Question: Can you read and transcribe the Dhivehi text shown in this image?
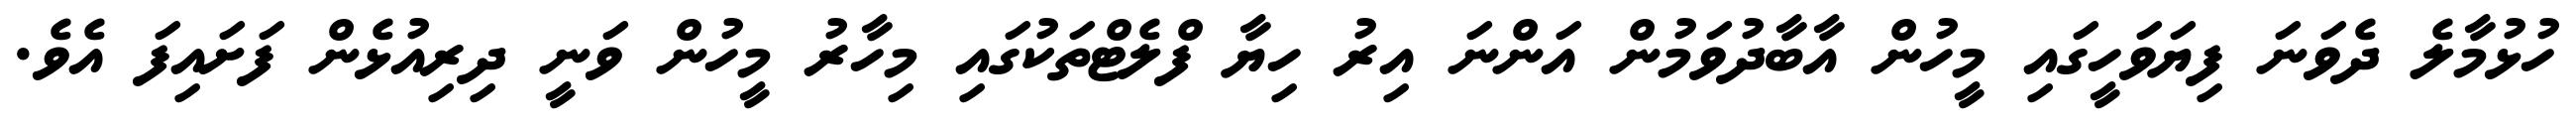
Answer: ހުޅުމާލެ ދެވަނަ ފިޔަވަހީގައި މީހުން އާބާދުވަމުން އަންނަ އިރު ހިޔާ ފްލެޓްތަކުގައި މިހާރު މީހުން ވަނީ ދިރިއުޅެން ފަށައިފަ އެވެ.